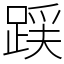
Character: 𮛪